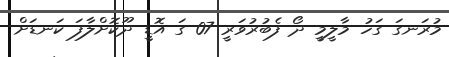
މުރަނގަ ގަހު މާލީމީ ދޯ ފެބުރުވަރީ 07 ގަ އޮޑީ ދޫކޮށްލާފަ ކަނޑަށް